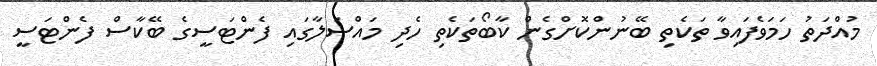
މުއްދަތު ހަމަވެފައިވާ ތަކެތި ބޭނުންކޮށްގެން ކާބޯތަކެތި ހެދި މައްސަލާގައި ފެންޓަސީގެ ބޭކާސް ފެންޓަސީ